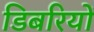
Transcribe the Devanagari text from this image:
डिबरियों